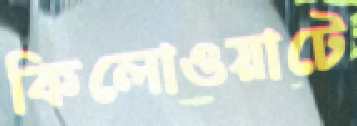
কিলোওয়াটে